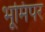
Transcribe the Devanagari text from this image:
भूमिपर